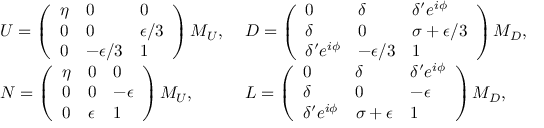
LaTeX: \begin{array} { l l } { { U = \left( \begin{array} { l l l } { { \eta } } & { { 0 } } & { { 0 } } \\ { { 0 } } & { { 0 } } & { { \epsilon / 3 } } \\ { { 0 } } & { { - \epsilon / 3 } } & { { 1 } } \end{array} \right) M _ { U } , \ } } & { { D = \left( \begin{array} { l l l } { { 0 } } & { { \delta } } & { { \delta ^ { \prime } e ^ { i \phi } } } \\ { { \delta } } & { { 0 } } & { { \sigma + \epsilon / 3 } } \\ { { \delta ^ { \prime } e ^ { i \phi } } } & { { - \epsilon / 3 } } & { { 1 } } \end{array} \right) M _ { D } , } } \\ { { N = \left( \begin{array} { l l l } { { \eta } } & { { 0 } } & { { 0 } } \\ { { 0 } } & { { 0 } } & { { - \epsilon } } \\ { { 0 } } & { { \epsilon } } & { { 1 } } \end{array} \right) M _ { U } , \ } } & { { L = \left( \begin{array} { l l l } { { 0 } } & { { \delta } } & { { \delta ^ { \prime } e ^ { i \phi } } } \\ { { \delta } } & { { 0 } } & { { - \epsilon } } \\ { { \delta ^ { \prime } e ^ { i \phi } } } & { { \sigma + \epsilon } } & { { 1 } } \end{array} \right) M _ { D } , } } \end{array}